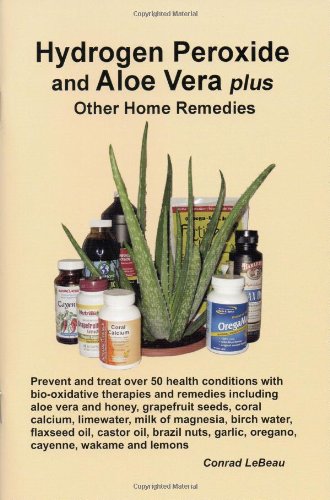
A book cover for Hydrogen Peroxide and Aloe Vera Plus Other Home Remedies; Conrad LeBeau; Health, Fitness & Dieting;